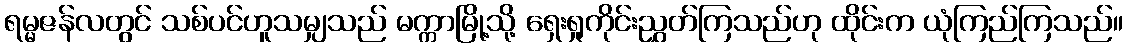
ရမ္မဇန်လတွင် သစ်ပင်ဟူသမျှသည် မက္ကာမြို့သို့ ရှေးရှုကိုင်းညွှတ်ကြသည်ဟု ထိုင်းက ယုံကြည်ကြသည်။